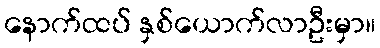
နောက်ထပ် နှစ်ယောက်လာဦးမှာ။